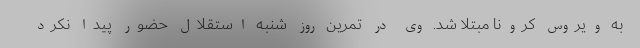
به ویروس کرونا مبتلا شد. وی در تمرین روز شنبه استقلال حضور پیدا نکرد